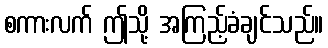
စကားလက် ဤသို့ အကြည့်ခံချင်သည်။